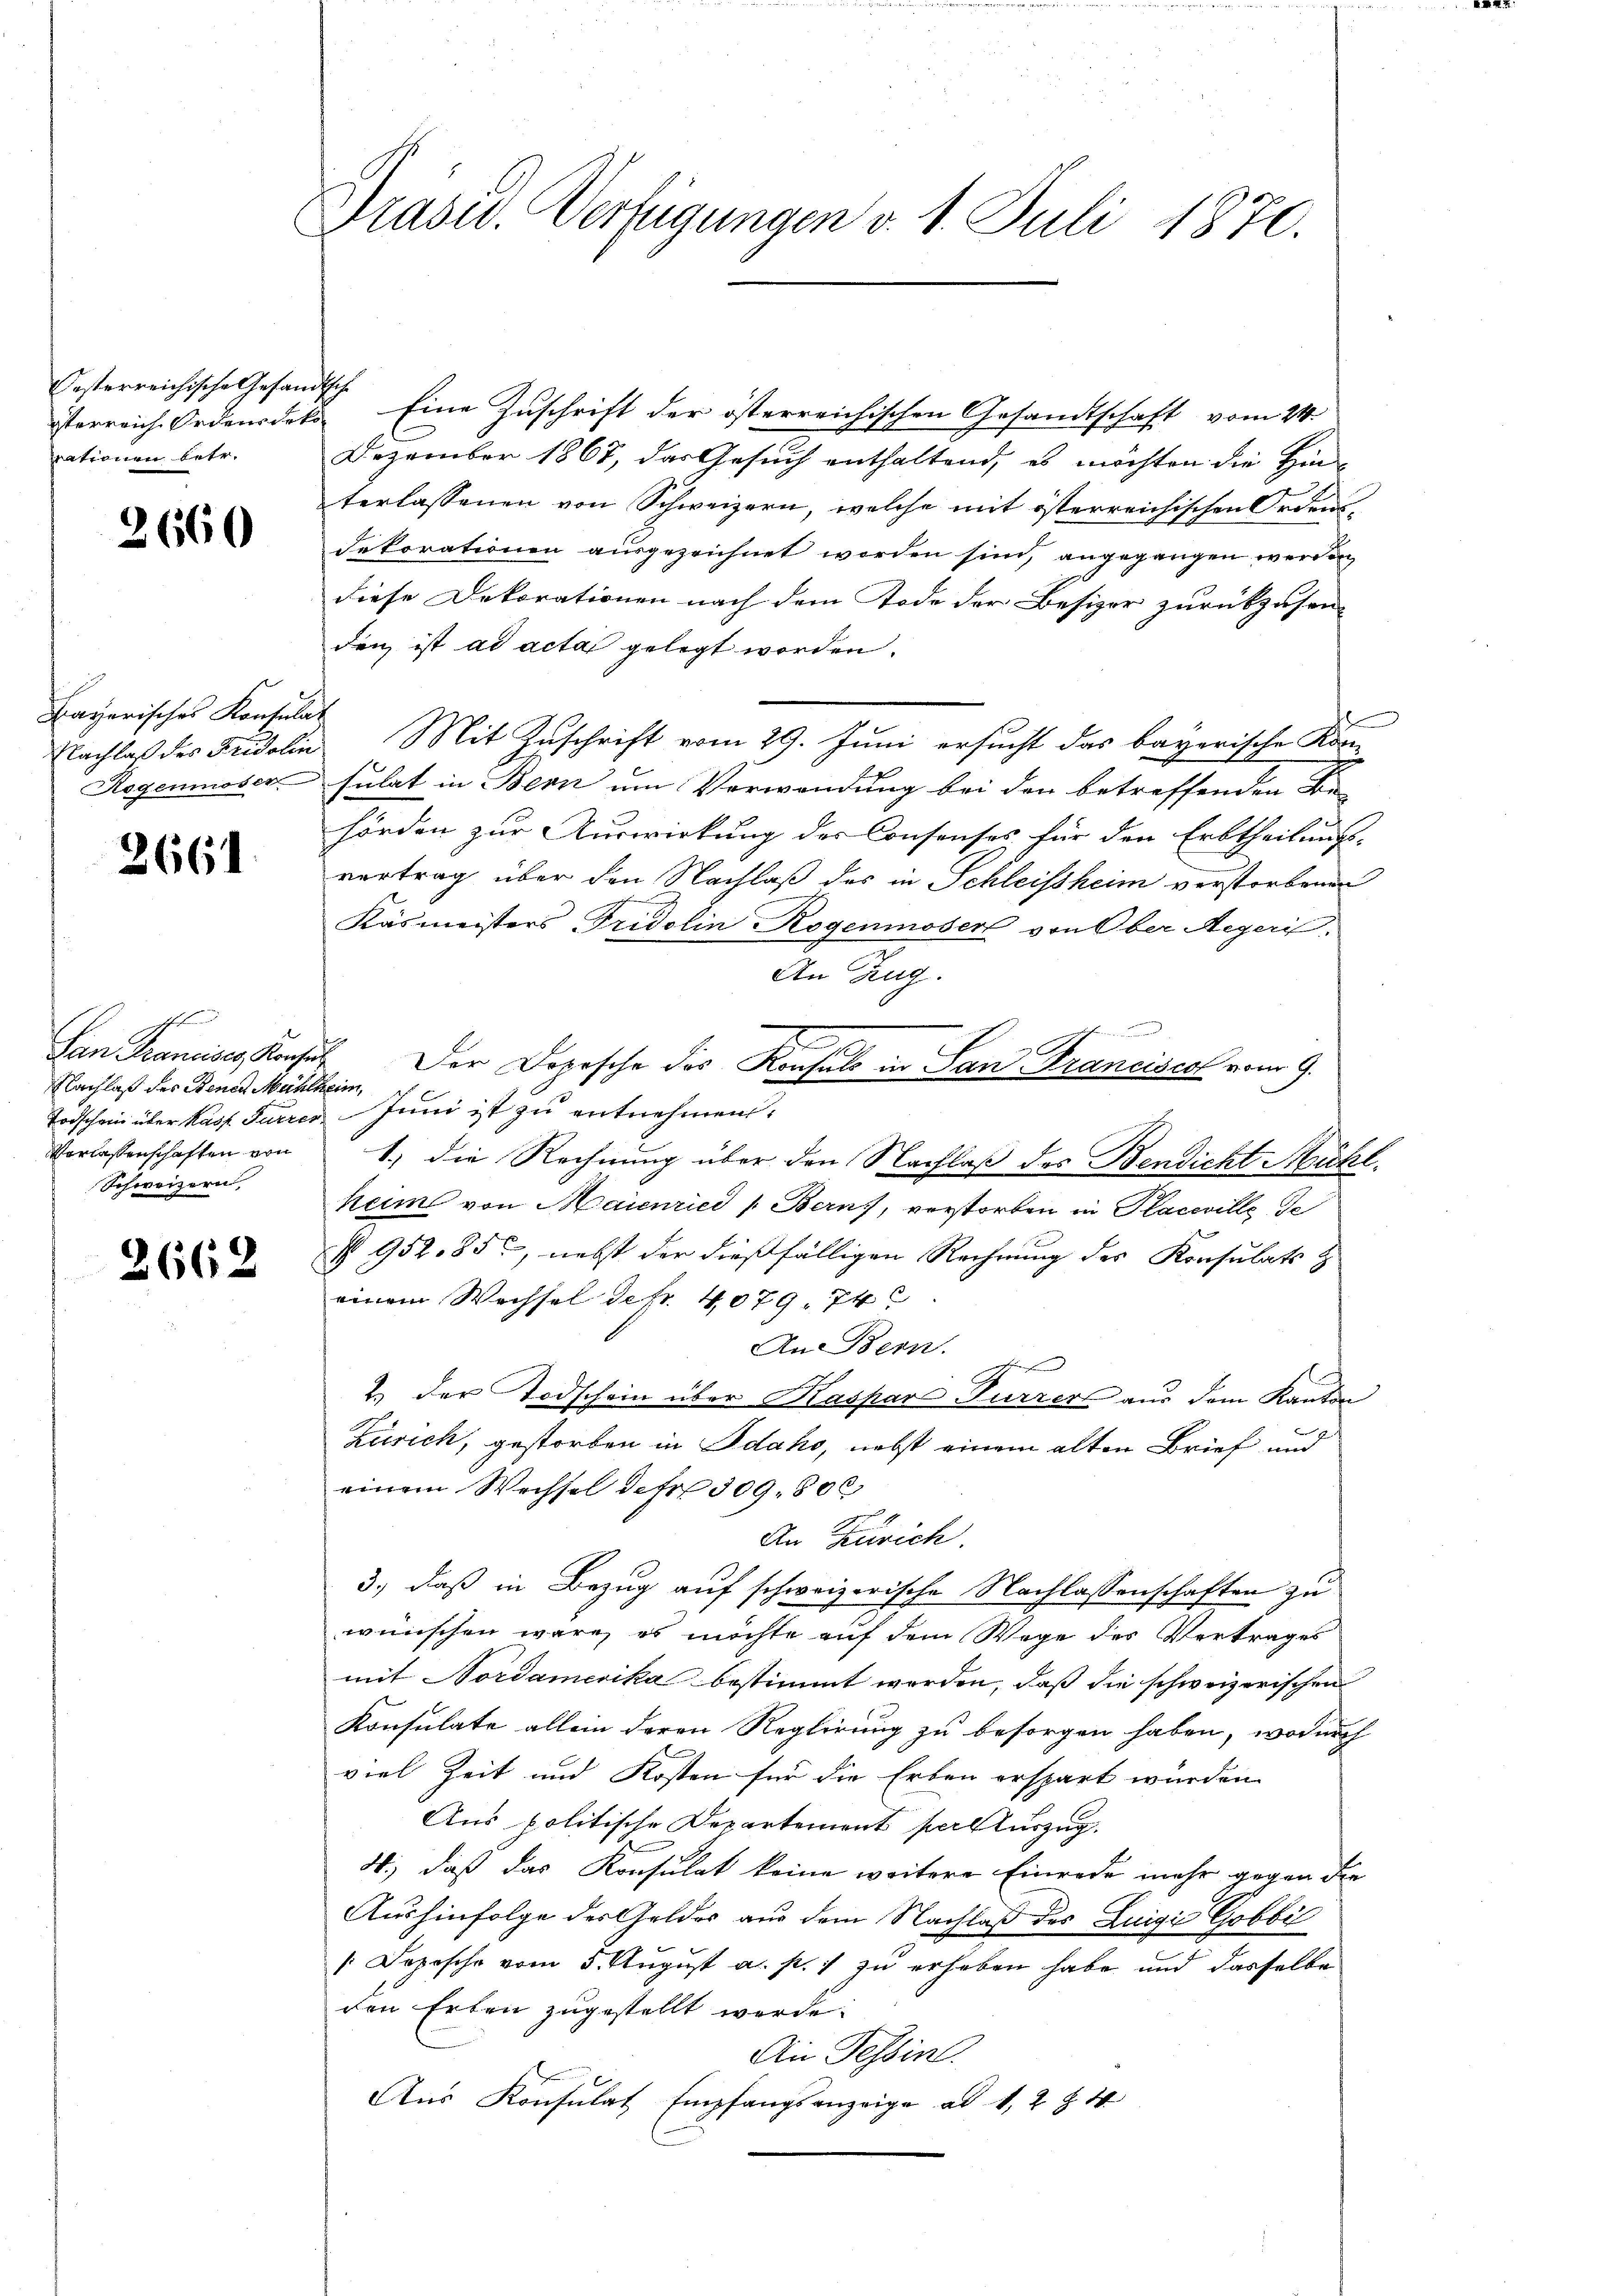
Oesterreichische Gesandtsche
nationen betr.

2660

Bayerisches Konsulat

2661.

e
Nachlaß des Benen Mühlheim
Schweizern,

2662

Präsid. Verfügungen v. 1. Juli 1870.

sterreich Ordensdek Eine Zuschrift der österreichischen Gesandtschaft vom 24.
Dezember 1867, das Gesuch enthaltend, es möchten die Ein-
terlassenen von Schweizern, welche mit österreichischen Ordens-
dekorationen ausgezeichnet worden sind, angegangen werden
diese Dekorationen nach dem Tode der Besizer zurückzusen-
den ist ad acta gelegt worden.
e
Nachlaß des Fidelin. Mit Zuschrift vom 29. Juni ersucht das bayerische Kon-
Rogenmoser, sulat in Bern um Verwendung bei den betreffenden Be
hörden zur Auswirkung der Consenses für den Erbtheilungs-
vertrag über den Nachlaß des in Schleissheim verstorbenen
Käsmeisters Fridolin Rogenmoser von Ober-Aegeri.
An Zug.

San Francises Konsuls. Der Dopische des Konsuls in San Franciscal vom 9.
Todschein über Kass. Furrer Juni ist zu entnehmen.
Vorlassenschaften von 1. die Rechnung über den Nachlaß des Bendicht Mühl
heim von Maienried   Bern), verstorben in Placeville Ge
§ 952,856, nebst der dießfälligen Rechnung des Konsulats z
einem Wechsel defr. 4079. 74
An Bern. E
2.) Der Todschein über Kaspar Furrers aus dem Kanton
Zürich, gestorben in Idako, nebst einem alten Brief und
einem Wechsel der 309. 800
An Zürich.
3.) daß in Bezug auf schweizerische Nachlassenschaften zu
wünschen wäre, es möchte auf dem Wege des Vertrages
mit Nordamerika bestimmt worden, daß die schweizerischen
Konsulate allein deren Reglirung zu besorgen haben, wodurch
viel Zeit und Kosten für die Erben erspart wurden.
Aus politische Departement persturzug.
4.) daß das Konsulat keine weitere Einrede mehr gegen die
Aushinfolge des Geldes aus dem Nachlaß des Luigić Gobbi
 Dopische vom 5. August a. p. 1 zu erheben habe und dasselbe
den Erben zugestellt werde.
An Tessin.
Aŭs Konsulat Empfangsanzeige ad 1, 2 § 4